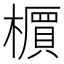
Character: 𬄹